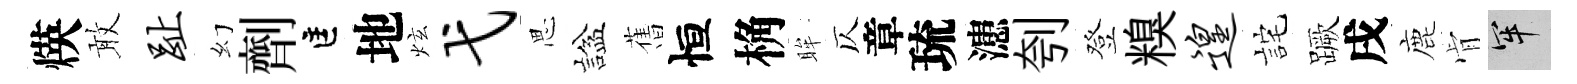
煐敢趾幻劑匡地炫弋思諡𦾔恒桷眸仄章琉漶刳登糗遑詫蹶戌鹿肻牢